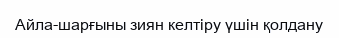
Айла-шарғыны зиян келтіру үшін қолдану